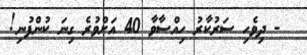
- ދިވެހި ސަރުކާރު ހިއްސާވާ 40 އަށްވުރެ ގިނަ ކުންފުނި!